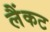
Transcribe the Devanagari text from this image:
लैंकट